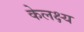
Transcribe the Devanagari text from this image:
केलक्ष्य